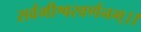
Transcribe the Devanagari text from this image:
सर्वमीश्वरवर्णनम्।।